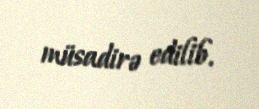
müsadirə edilib.